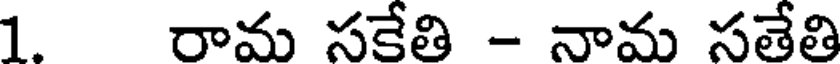
1 రామ సకేతి - నామ సతేతి